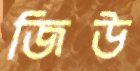
জিউ